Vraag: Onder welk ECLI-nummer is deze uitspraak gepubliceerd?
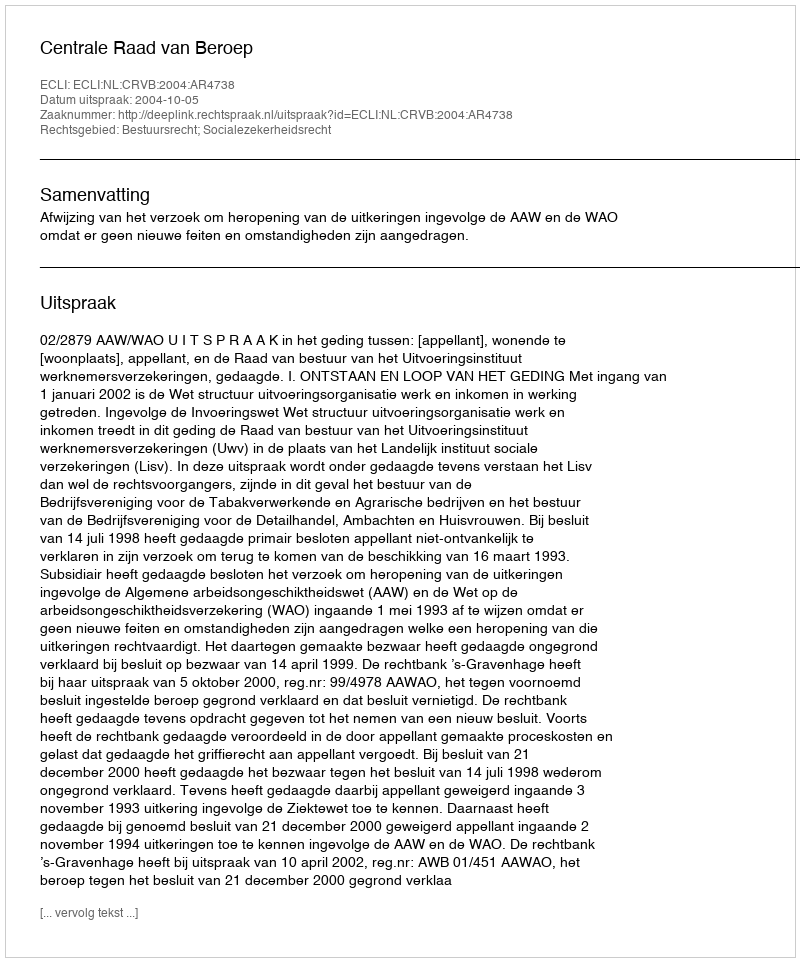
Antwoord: ECLI:NL:CRVB:2004:AR4738